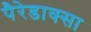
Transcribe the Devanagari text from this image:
पैरेडाक्सा